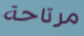
مرتاحة